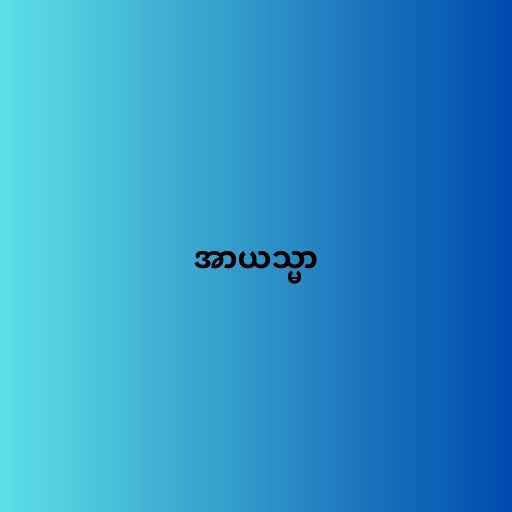
အာယသ္မာ